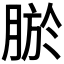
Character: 𮌠